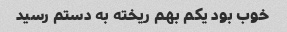
خوب بود یکم بهم ریخته به دستم رسید